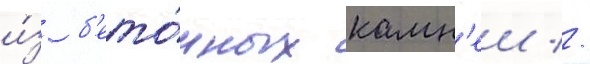
и́з б'ето́нных камн'еи //